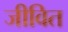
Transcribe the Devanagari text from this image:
जीवित